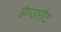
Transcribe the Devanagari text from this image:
हैण्डसैट